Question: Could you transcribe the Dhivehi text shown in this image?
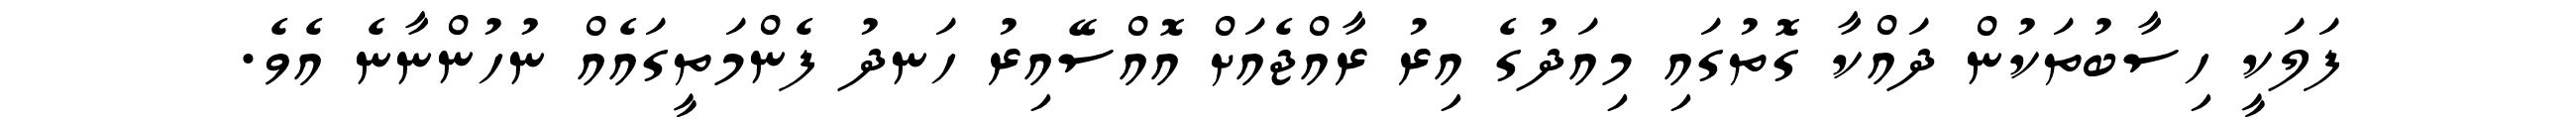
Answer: ފަލަކީ ހިސާބުތަކުން ދައްކާ ގޮތުގައި މިއަދުގެ އިރު ރާއްޖެއަށް އޮއްސޭއިރު ހަނދު ފެންމަތީގައެއް ނުހުންނާނެ އެވެ.